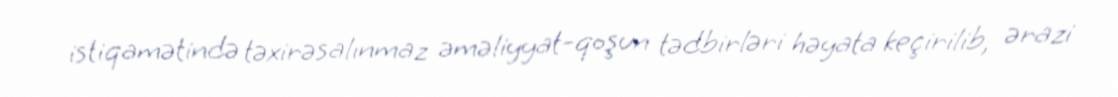
istiqamətində təxirəsalınmaz əməliyyat-qoşun tədbirləri həyata keçirilib, ərazi